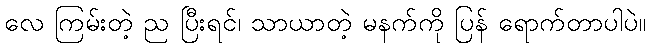
လေ ကြမ်းတဲ့ ည ပြီးရင်၊ သာယာတဲ့ မနက်ကို ပြန် ရောက်တာပါပဲ။